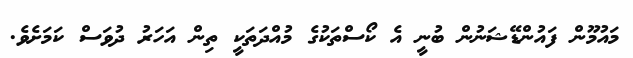
މައުމޫން ފައުންޑޭޝަނުން ބުނީ އެ ކޯސްތަކުގެ މުއްދަތަކީ ތިން އަހަރު ދުވަސް ކަމަށެވެ.